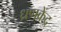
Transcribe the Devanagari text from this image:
ध्रणकेंद्र